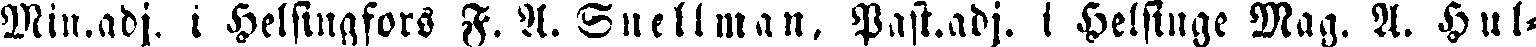
Min.adj. i Helsingfors F. A. Snellman. Past.adj. i Helsinge Mag. A. Hul-